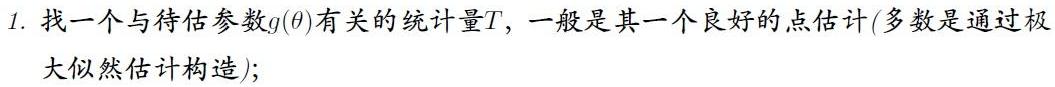
1. 找一个与待估参数$g(\theta)$有关的统计量$T$，一般是其一个良好的点估计(多数是通过极大似然估计构造);